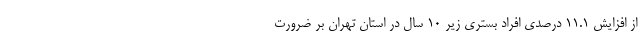
از افزایش ۱۱.۱ درصدی افراد بستری زیر ۱۰ سال در استان تهران بر ضرورت